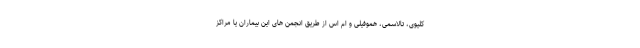
کلیوی، تالاسمی، هموفیلی و ام اس از طریق انجمن های این بیماران یا مراکز